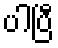
ပါပြီ